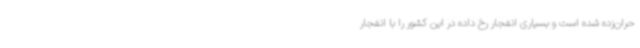
حران‌زده شده است و بسیاری انفجار رخ داده در این کشور را با انفجار